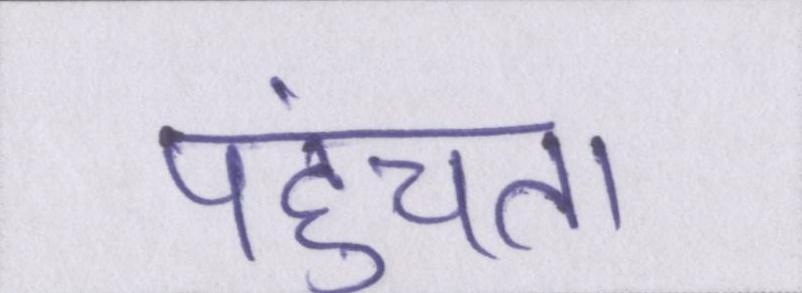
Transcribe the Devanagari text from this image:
पहुंचता